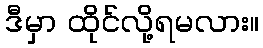
ဒီမှာ ထိုင်လို့ရမလား။